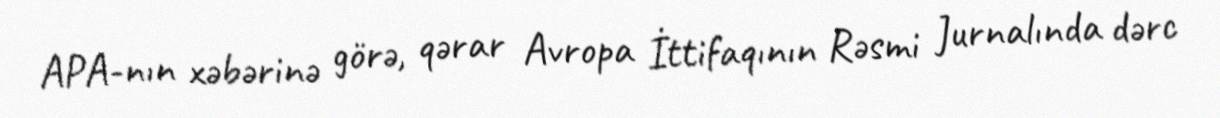
APA-nın xəbərinə görə, qərar Avropa İttifaqının Rəsmi Jurnalında dərc